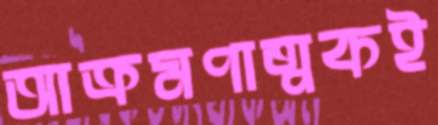
আক্রমণাত্মকই